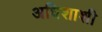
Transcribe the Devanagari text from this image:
अधिशाशी